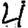
Digit: 4